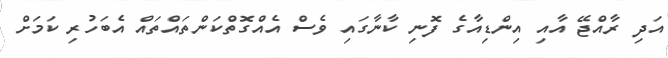
އަދި ރާއްޖޭ އާއި އިންޑިއާގެ ފޮނި ކާނާގައި ވެސް އެއްގޮތްކަންތައްތައް އެބަހުރި ކަމަށް